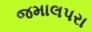
જમાલપરા